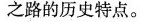
之路的历史特点。